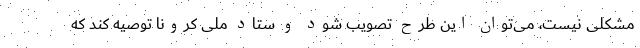
مشکلی نیست، می‌توان این طرح تصویب شود و ستاد ملی کرونا توصیه کند که